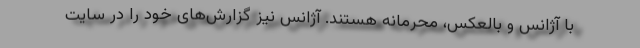
با آژانس و بالعکس، محرمانه هستند. آژانس نیز گزارش‌های خود را در سایت